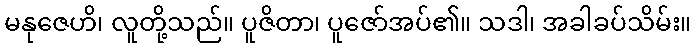
မနုဇေဟိ၊ လူတို့သည်။ ပူဇိတာ၊ ပူဇော်အပ်၏။ သဒါ၊ အခါခပ်သိမ်း။